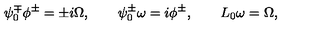
\psi _ { 0 } ^ { \mp } \phi ^ { \pm } = \pm i \Omega , \qquad \psi _ { 0 } ^ { \pm } \omega = i \phi ^ { \pm } , \qquad L _ { 0 } \omega = \Omega ,